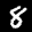
Digit: 8